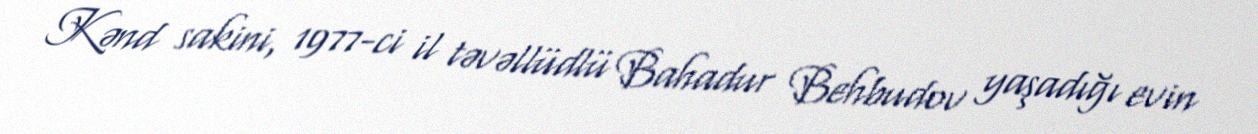
Kənd sakini, 1977-ci il təvəllüdlü Bahadur Behbudov yaşadığı evin